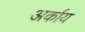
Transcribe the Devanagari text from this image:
अर्काय